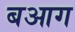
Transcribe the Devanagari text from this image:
बआग